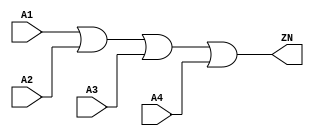
module OR4_X4 (A1, A2, A3, A4, ZN);
  input A1;
  input A2;
  input A3;
  input A4;
  output ZN;

  or(ZN, i_8, A4);
  or(i_8, i_9, A3);
  or(i_9, A1, A2);


endmodule